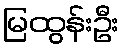
မြထွန်းဦး